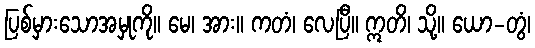
ပြစ်မှားသောအမှုကို။ မေ၊ အား။ ကတံ၊ လေပြီ။ ဣတိ၊ သို့။ ယော-တွံ၊